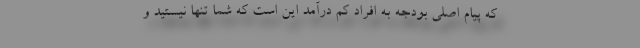
که پیام اصلی بودجه به افراد کم درآمد این است که شما تنها نیستید و